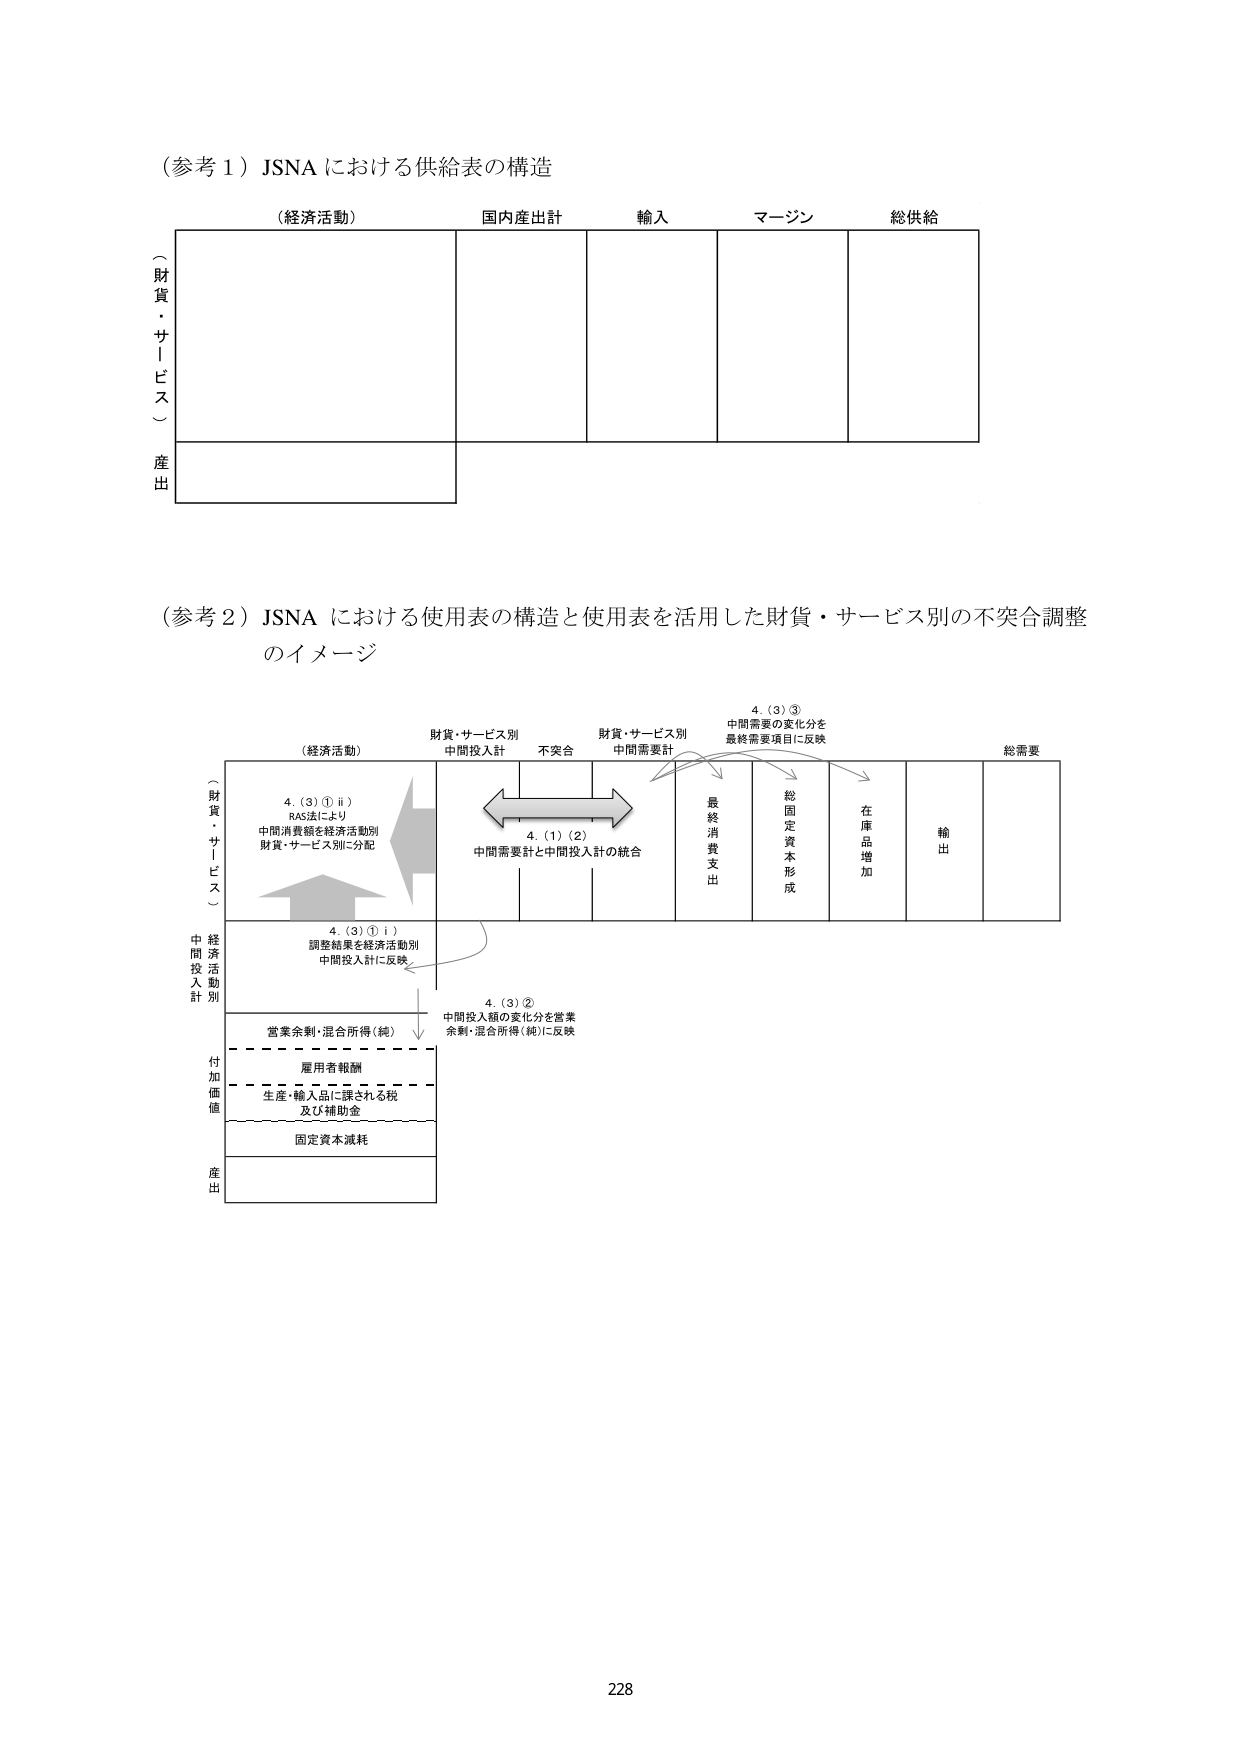
（参考１）JSNA における供給表の構造

（経済活動）　国内産出計　輸入　マージン　総供給

（財貨・サービス）
産出

（参考２）JSNA における使用表の構造と使用表を活用した財貨・サービス別の不突合調整
のイメージ

（経済活動）　財貨・サービス別　不突合　財貨・サービス別　総需要
　　　　　　　中間投入計　　　　　　　中間需要計

4.（3）①ⅱ）　RAS法により　中間消費額を経済活動別　財貨・サービス別に分配

4.（1）（2）　中間需要計と中間投入計の統合

4.（3）③　中間需要の変化分を　最終需要項目に反映

最終消費支出　総固定資本形成　在庫品増加　輸出

4.（3）①ⅰ）　調整結果を経済活動別　中間投入計に反映

4.（3）②　中間投入額の変化分を営業　余剰・混合所得（純）に反映

営業余剰・混合所得（純）
雇用者報酬
生産・輸入品に課される税　及び補助金
固定資本減耗

（財貨・サービス）
経済活動別　中間投入計
付加価値
産出

228